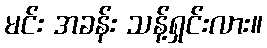
မင်း အခန်း သန့်ရှင်းလား။